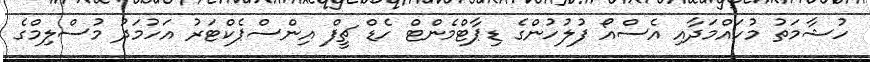
ހުޝާމަތު މުހައްމަދާއި އެސްއޯ ފުލުހުންގެ ޑިޕާޓްމެންޓް ހެޑް ޗީފް އިންސްޕެކްޓަރު އަހުމަދު މުސްލިމްގެ